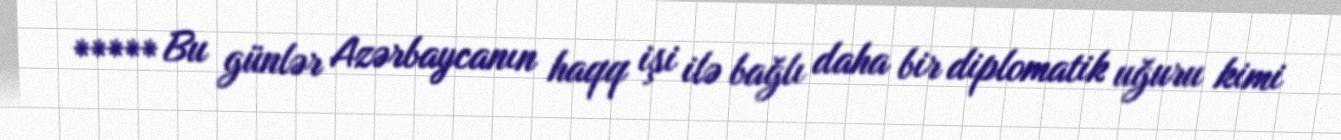
***** Bu günlər Azərbaycanın haqq işi ilə bağlı daha bir diplomatik uğuru kimi